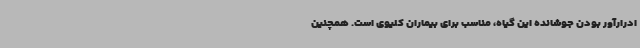
ادرارآور بودن جوشانده این گیاه، مناسب برای بیماران کلیوی است. همچنین